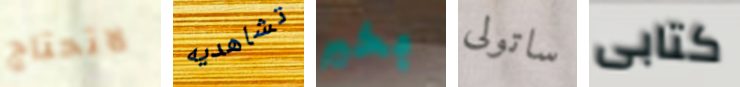
لاتحتاج تشاهديه بخير ساتولى كتابى